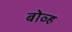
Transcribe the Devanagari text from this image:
बोव्ह